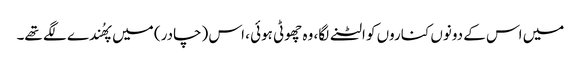
میں اس کے دونوں کناروں کو الٹنے لگا، وہ چھوٹی ہوئی ، اس (چادر) میں پھُندے لگے تھے۔